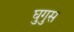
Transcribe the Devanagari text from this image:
घुगुस